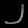
Digit: ၂